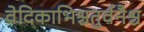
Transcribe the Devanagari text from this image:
वेदिकाभिश्चतुर्वनैश्च